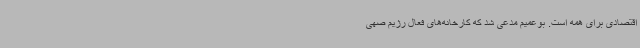
اقتصادی برای همه است. بوعمیم مدعی شد که کارخانه‌های فعال رژیم صهی